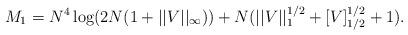
LaTeX: \begin{align*}M_1=N^4\operatorname{log}(2N(1+||V||_{\infty}))+N(||V||_1^{1/2}+[V]_{1/2}^{1/2}+1).\end{align*}